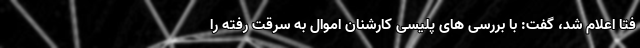
فتا اعلام شد، گفت: با بررسی های پلیسی کارشنان اموال به سرقت رفته را